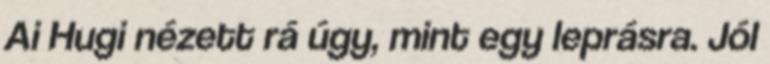
Ai Hugi nézett rá úgy, mint egy leprásra. Jól